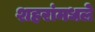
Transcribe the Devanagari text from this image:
शहरांमधले